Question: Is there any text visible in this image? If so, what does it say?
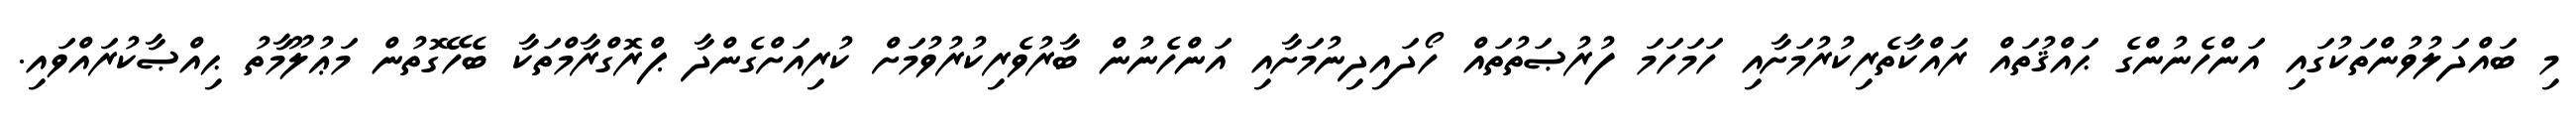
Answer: މި ބައްދަލުވުންތަކުގައި އަންހެނުންގެ ޙައްޤުތައް ރައްކާތެރިކުރުމަށާއި ހަމަހަމަ ފުރުޞަތުތައް ހޯދައިދިނުމަށާއި އަންހެނުން ބާރުވެރިކުރުވުމަށް ކުރިއަށްގެންދާ ޕްރޮގްރާމްތަކާ ބެހޭގޮތުން މަޢުލޫމާތު ޙިއްޞާކުރައްވައި.